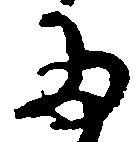
た